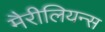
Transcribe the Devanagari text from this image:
मैरीलियन्स